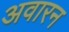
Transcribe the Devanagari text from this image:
अवारन